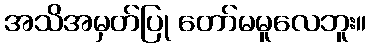
အသိအမှတ်ပြု တော်မမူလေဘူး။